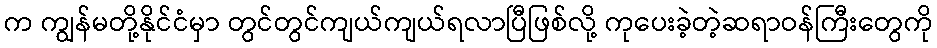
က ကျွန်မတို့နိုင်ငံမှာ တွင်တွင်ကျယ်ကျယ်ရလာပြီဖြစ်လို့ ကုပေးခဲ့တဲ့ဆရာဝန်ကြီးတွေကို